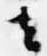
去